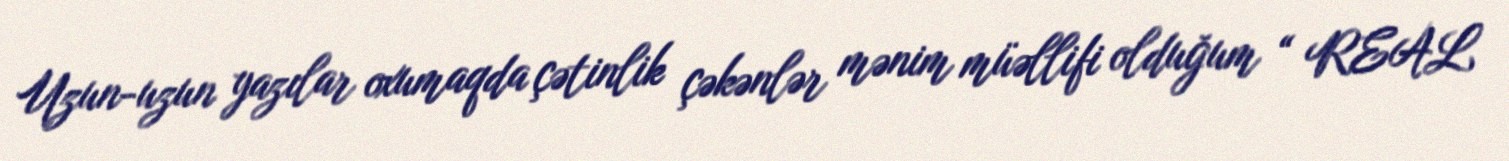
Uzun-uzun yazılar oxumaqda çətinlik çəkənlər mənim müəllifi olduğum “ REAL